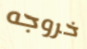
خروجه